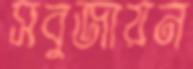
সবুজায়ন